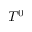
T ^ { 0 }